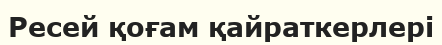
Ресей қоғам қайраткерлері